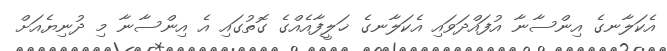
އެކަލާނގެ އިންސާނާ އުފައްދަވައި އެކަލާނގެ ޚަލީފާއެއްގެ ގޮތުގައި އެ އިންސާނާ މި ދުނިޔެއަށް